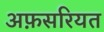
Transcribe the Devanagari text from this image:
अफ़सरियत